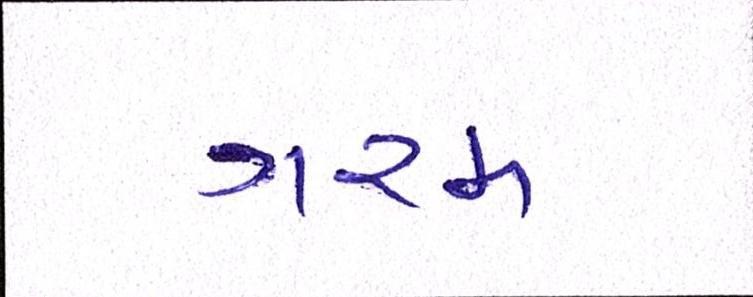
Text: ગરમ